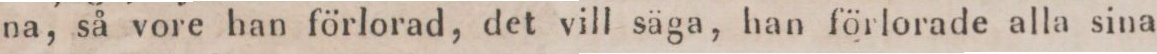
na, så vore han förlorad, det vill säga, han förlorade alla sina